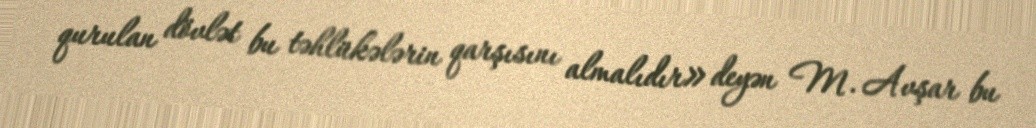
qurulan dövlət bu təhlükələrin qarşısını almalıdır» deyən M. Avşar bu